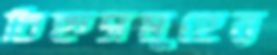
চিহ্নসমূহের